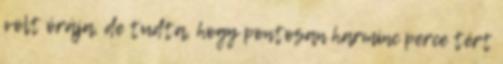
volt órája, de tudta, hogy pontosan harminc perce tért